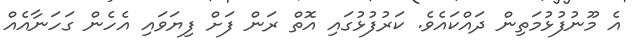
އެ މޫނުފުޅުމަތިން ދައްކައެވެ. ކަރުފުޅުގައި އޮތް ރަން ފަށް ފިޔަވައި އެހެން ގަހަނާއެއް